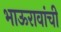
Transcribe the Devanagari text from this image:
भाऊरावांची